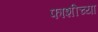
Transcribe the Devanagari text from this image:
फाशीच्या